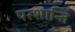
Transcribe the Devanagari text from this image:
परशान्तिं